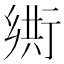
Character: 𬼴